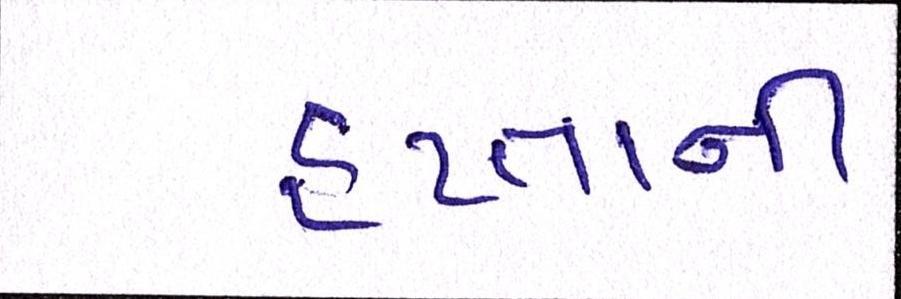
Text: હપ્તાની